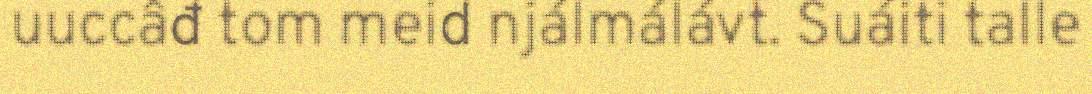
uuccâđ tom meid njálmálávt. Suáiti talle